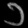
Digit: ၁